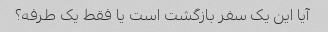
آیا این یک سفر بازگشت است یا فقط یک طرفه؟